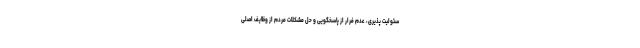
سئولیت پذیری، عدم فرار از پاسخگویی و حل مشکلات مردم از وظایف اصلی